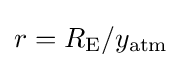
r=R_{\mathrm {E} }/y_{\mathrm {atm} }